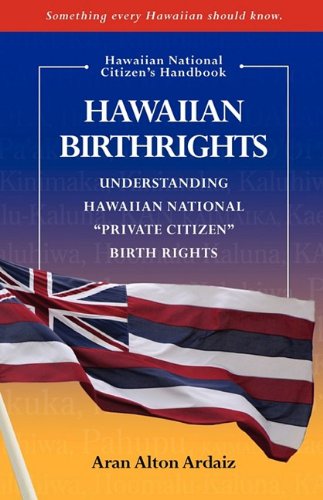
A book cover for Hawaiian Birthrights; Aran Alton Ardaiz; Test Preparation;